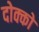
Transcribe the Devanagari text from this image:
दोक्को